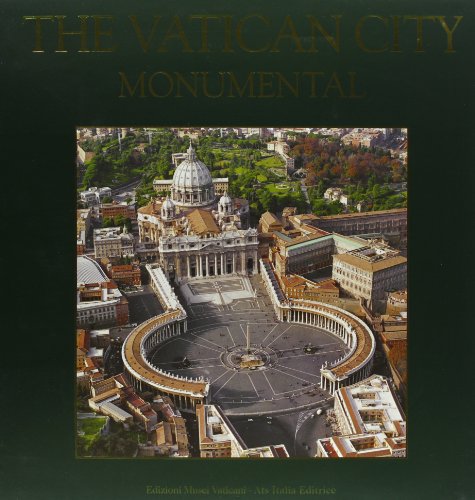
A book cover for Vatican City Monumental: English Language Edition; Carla Cecilia; Travel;